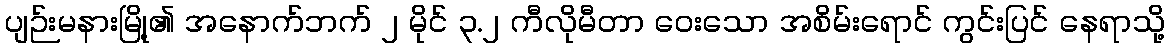
ပျဉ်းမနားမြို့၏ အနောက်ဘက် ၂ မိုင် ၃.၂ ကီလိုမီတာ ဝေးသော အစိမ်းရောင် ကွင်းပြင် နေရာသို့